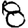
Digit: 8